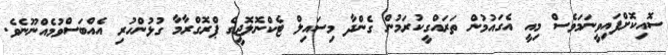
ސޮއިކޮށްފައިވީނަމަވެސް މިއީ އެގައުމުން ތަރައްގީކުރަމުން ގެންދާ މިސައިލް ޓެކްނޮލޮޖީގެ ޕްރޮގްރާމާ ގުޅުންހުރި އެއްބަސްވުމެއްނޫނެވެ.